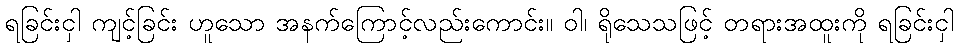
ရခြင်းငှါ ကျင့်ခြင်း ဟူသော အနက်ကြောင့်လည်းကောင်း။ ဝါ၊ ရိုသေသဖြင့် တရားအထူးကို ရခြင်းငှါ